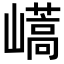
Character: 𡽝